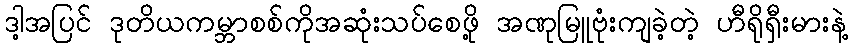
ဒါ့အပြင် ဒုတိယကမ္ဘာစစ်ကိုအဆုံးသပ်စေဖို့ အဏုမြူဗုံးကျခဲ့တဲ့ ဟီရိုရှီးမားနဲ့